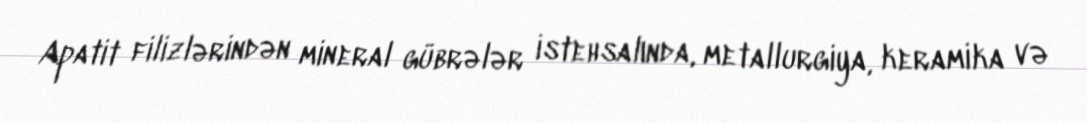
Apatit filizlərindən mineral gübrələr istehsalında, metallurgiya, keramika və